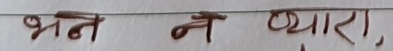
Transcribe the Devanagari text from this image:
भन न प्यारा,